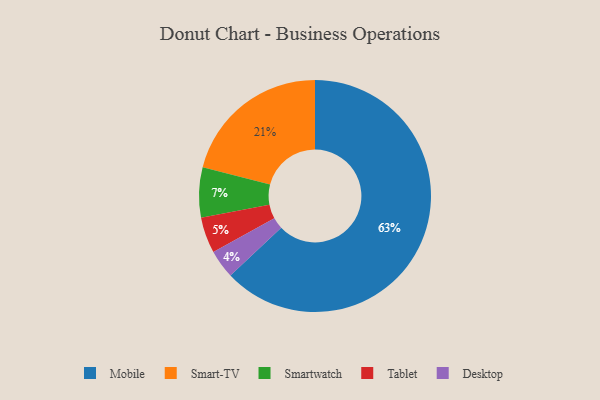
{"axis": {"x": "Category", "y": "Percentage"}, "legend": ["Desktop", "Mobile", "Smart-TV", "Smartwatch", "Tablet"], "data": [{"x": "Mobile", "y": 63, "type": "Mobile"}, {"x": "Smart-TV", "y": 21, "type": "Smart-TV"}, {"x": "Tablet", "y": 5, "type": "Tablet"}, {"x": "Desktop", "y": 4, "type": "Desktop"}, {"x": "Smartwatch", "y": 7, "type": "Smartwatch"}]}